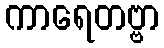
ကာရေတဗ္ဗာ